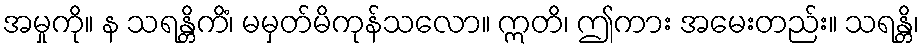
အမှုကို။ န သရန္တိကိံ၊ မမှတ်မိကုန်သလော။ ဣတိ၊ ဤကား အမေးတည်း။ သရန္တိ၊